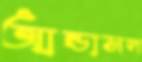
আন্ডাসল